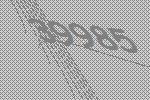
39985